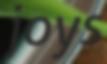
joys